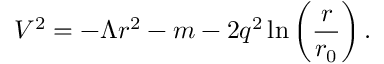
V ^ { 2 } = - \Lambda r ^ { 2 } - m - 2 q ^ { 2 } \ln \left( \frac { r } { r _ { 0 } } \right) .